Report of the Municipal Commissioner on the plague in Bombay for the year ending 31st May... - Volume 2
Disease focus: Plague
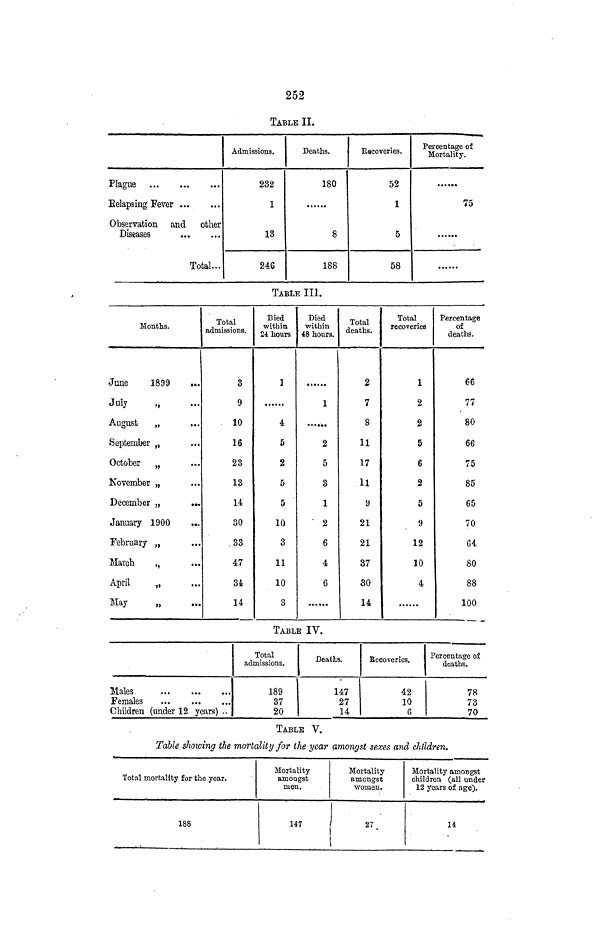
252
TABLE II.
Plague
Eelapsing Fever
Observation
and
other
Diseases
Total...
Admissions.
282
1
13
246
Deaths.
180
8
188
Racoveries.
52
1
5
58
Percentage of
Mortality.
75
TABLE III.
Months.
June
1899
July
August
September „
October
„
November „
December „
January 1900
February „
March
,,
April
„
May
„
Total
admissions.
3
9
10
16
23
13
14
30
33
47
34
14
Died
within
21 hours
1
4
5
2
5
5
10
3
11
10
3
Died
within
48 hours.
1
2
5
3
1
' 2
6
4
6
Total
deaths.
2
7
8
11
17
11
9
21
21
37
SO
14
Total
recoveries
1
2
2
5
6
2
5
9
12
10
4
Percentage
of
deaths.
66
77
80
66
75
85
65
70
64
80
88
100
TABLE IV.
Males
Females
Children (under 12 years) ..
Total
admissions.
189
37
20
Deaths.
147
27
14
Recoveries.
42
10
fi
Percentage of
deaths.
78
73
70
TABLE V.
Table shoioing the mortality for the year amongst sexes and children.
Total mortality for the year.
188
Mortality
amongst
men.
147
Mortality
amongst
women.
27 .
Mortality amongst
children (all under
12 years of age).
H